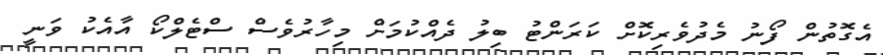
އެގޮތުން ފޯނު މެދުވެރިކޮށް ކަރަންޓު ބިލު ދެއްކުމަށް މިހާރުވެސް ސްޓެލްކޯ އާއެކު ވަނީ